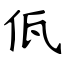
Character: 佤